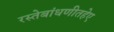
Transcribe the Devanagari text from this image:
रस्तेबांधणीतहेए